Note on surra in camels for commandants of camel corps
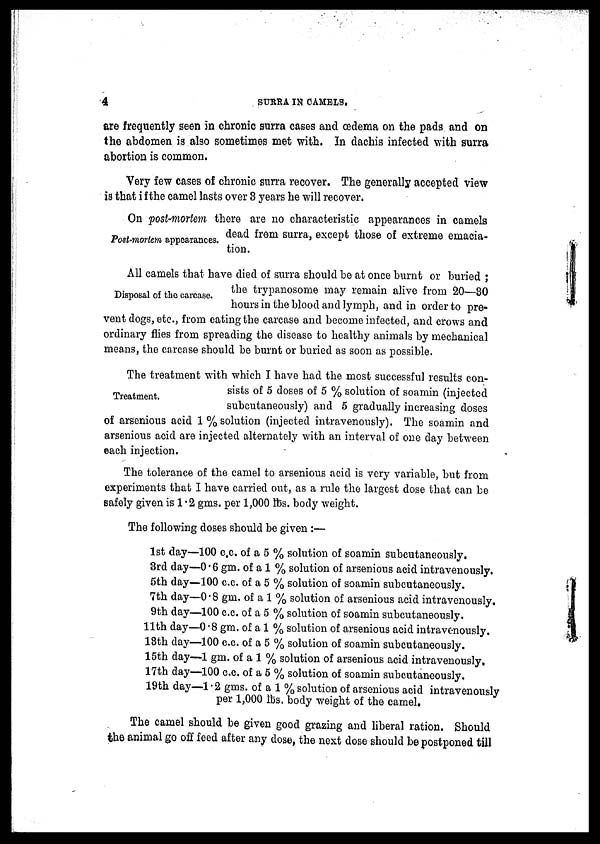
4
SURRA IN CAMELS.
are frequently seen in chronic surra cases and oedema on the pads and on
the abdomen is also sometimes met with. In dachis infected with surra
abortion is common.
Very few cases of chronic surra recover. The generally accepted view
is that if the camel lasts over 3 years he will recover.
Post-mortem appearances.
On post-mortem there are no characteristic appearances in camels
dead from surra, except those of extreme emacia-
tion.
Disposal of the carcase.
All camels that have died of surra should be at once burnt or buried ;
the trypanosome may remain alive from 20—80
hours in the blood and lymph, and in order to pre-
vent dogs, etc., from eating the carcase and become infected, and crows and
ordinary flies from spreading the disease to healthy animals by mechanical
means, the carcase should be burnt or buried as soon as possible.
Treatment.
The treatment with which I have had the most successful results con-
sists of 5 doses of 5 % solution of soamin (injected
subcutaneously) and 5 gradually increasing doses
of arsenious acid 1 % solution (injected intravenously). The soamin and
arsenious acid are injected alternately with an interval of one day between
each injection.
The tolerance of the camel to arsenious acid is very variable, but from
experiments that I have carried out, as a rule the largest dose that can be
safely given is 1.2 gms. per 1,000 lbs. body weight.
The following doses should be given :—
1st day—100 c.c. of a 5 % solution of soamin subcutaneously.
3rd day—0.6 gm. of a 1 % solution of arsenious acid intravenously.
5th day—100 c.c. of a 5 % solution of soamin subcutaneously.
7th day—0.8 gm. of a 1 % solution of arsenious acid intravenously.
9th day—100 c.c. of a 5 % solution of soamin subcutaneously.
11th day—0.8 gm. of a 1 % solution of arsenious acid intravenously.
18th day—100 c.c. of a 5 % solution of soamin subcutaneously.
15th day—1 gm. of a 1 % solution of arsenious acid intravenously,
17th day—100 c.c. of a 5 % solution of soamin subcutaneously.
19th day—1.2 gms. of a 1 % solution of arsenious acid intravenously
per 1,000 lbs. body weight of the camel.
The camel should be given good grazing and liberal ration. Should
the animal go off feed after any dose, the next dose should be postponed till